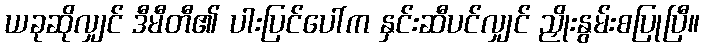
ယခုဆိုလျှင် ဒီမီတီ၏ ပါးပြင်ပေါ်က နှင်းဆီပင်လျှင် ညှိုးနွမ်းစပြုပြီ။